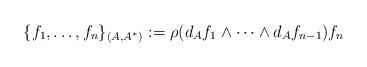
LaTeX: \begin{align*} \{f_1, \ldots, f_n\}_{(A, A^*)} := \rho (d_A f_1 \wedge \cdots \wedge d_A f_{n-1}) f_n\end{align*}